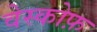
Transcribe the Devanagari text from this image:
वेस्कोफ़